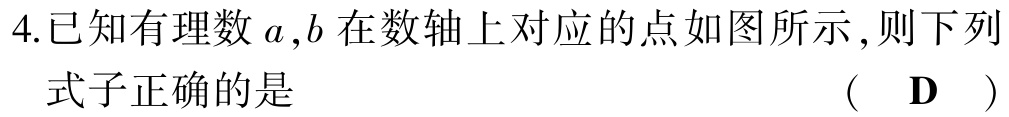
4.已知有理数\(a,b\)在数轴上对应的点如图所示,则下列式子正确的是  （  D  ）